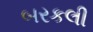
બરકલી